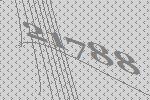
21788